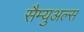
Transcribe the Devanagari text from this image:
सैम्युअल्स